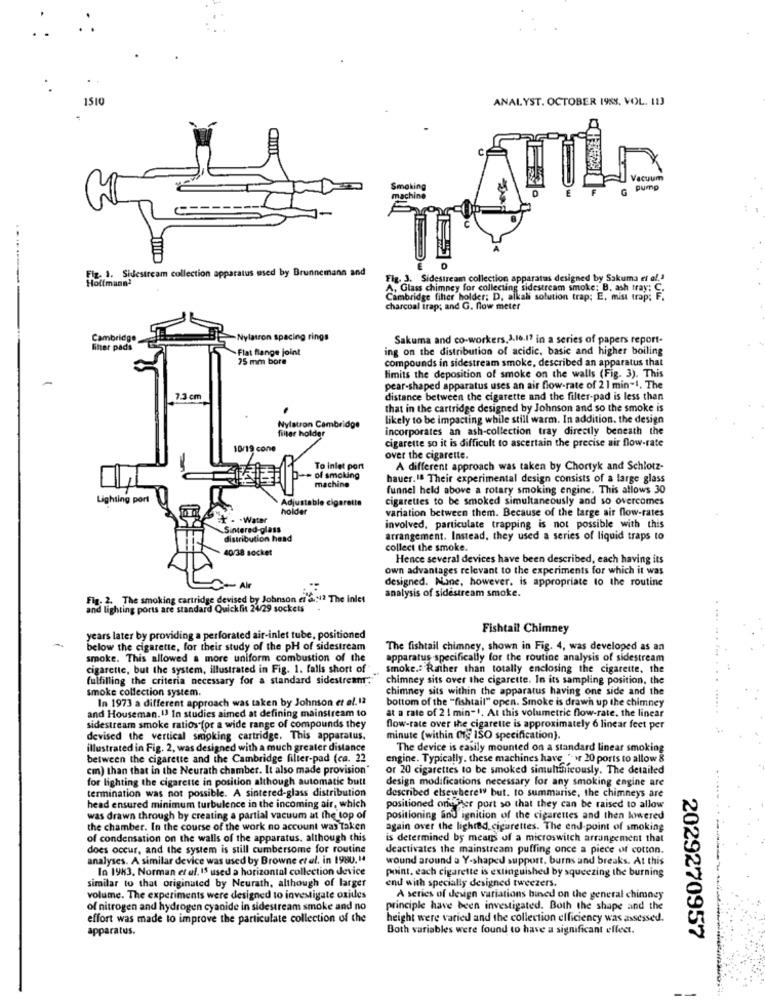
1510
ANALYST. OCTOBER 1988, VOL. 113
Vacuum
Smoking
pump
machine
Fx 1. Sidestream collection apparatus used by Brunnemann and
Fig. 3. Sidestream collection apparatus designed by Sakuma et al.1
A, Glass chimney for collecting sidestream smoke; B. ash tray: C.
Cambridge filter holder; D, alkali solution trap; E, mist trap; F.
charcoal trap; and G. flow meter
Cambridge
Nylatron spacing rings
Sakuma and co-workers.1.16.17 in a series of papers report-
-Flat flange joint
ing on the distribution of acidic, basic and higher boiling
75 mm bore
compounds in sidestream smoke, described an apparatus that
limits the deposition of smoke on the walls (Fig. 3). This
pear-shaped apparatus uses an air flow-rate of 2 1 min-1. The
7.3 cm
distance between the cigarette and the filter-pad is less than
that in the cartridge designed by Johnson and so the smoke is
Nylatron Cambridge
likely to be impacting while still warm. In addition. the design
filter holder
incorporates an ash-collection tray directly beneath the
cigarette so it is difficult to ascertain the precise air flow-rate
10/19 cone
over the cigarette.
To inlet port
A different approach was taken by Chortyk and Schlotz-
- of smoking
machine
hauer.18 Their experimental design consists of a large glass
funnel held above a rotary smoking engine. This allows 30
Lighting port
Adjustable cigarette
cigarettes to be smoked simultaneously and so overcomes
holder
variation between them. Because of the large air flow-rates
1 - Water
Sintered-glass
involved, particulate trapping is not possible with this
distribution head
arrangement. Instead, they used a series of liquid traps to
40/38 socket
collect the smoke.
Hence several devices have been described, each having its
own advantages relevant to the experiments for which it was
designed. Nane, however, is appropriate to the routine
analysis of sidestream smoke.
Flg- 2. The smoking cartridge devised by Johnson et &N2 The inlet
nd lighting ports are standard Quickfit 24/29 sockets
Fishtail Chimney
years later by providing a perforated air-inlet tube, positioned
below the cigarette, for their study of the pH of sidestream
The fishtail chimney, shown in Fig. 4, was developed as an
smoke. This allowed a more uniform combustion of the
apparatus .specifically for the routine analysis of sidestream
cigarette, but the system, illustrated in Fig. 1. falls short of
smoke .: Rather than totally enclosing the cigarette, the
fulfilling the criteria necessary for a standard sidestream.
chimney sits over the cigarette. In its sampling position, the
smoke collection system.
chimney sits within the apparatus having one side and the
In 1973 a different approach was taken by Johnson et of. 12
bottom of the "fishtail" open. Smoke is drawn up the chimney
at a rate of 2 ! min-1. At this volumetric flow-rate, the linear
and Houseman. 13 In studies aimed at defining mainstream to
sidestream smoke ratios (pr a wide range of compounds they
flow-rate over the cigarette is approximately 6 linear feet per
devised the vertical smoking cartridge. This apparatus,
minute (within (g ISO specification).
illustrated in Fig. 2, was designed with a much greater distance
The device is easily mounted on a standard linear smoking
between the cigarette and the Cambridge filter-pad (ca. 22
engine. Typically. these machines have * wr 20 ports to allow 8
cm) than that in the Neurath chamber. It also made provision"
or 20 cigarettes to be smoked simultafireously. The detailed
for lighting the cigarette in position although automatic butt
design modifications necessary for any smoking engine are
termination was not possible. A sintered-glass distribution
described elsewherew but. to summarise, the chimneys are
head ensured minimum turbulence in the incoming air, which
positioned onefter port so that they can be raised to allow
was drawn through by creating a partial vacuum at the top of
positioning and ignition of the cigarettes and then kiwered
the chamber. In the course of the work no account was taken
again over the lighted cigarettes. The end point of smoking
of condensation on the walls of the apparatus. although this
is determined by means of a microswitch arrangement that
does occur, and the system is still cumbersome for routine
deactivates the mainstream puffing once a piece of cotton.
analyses. A similar device was used by Browne et al. in 1980.14
wound around a Y-shaped support. burns and breaks. At this
In 1983, Norman et al. IS used a horizontal collection device
point. each cigarette is extinguished by squeezing the burning
similar to that originated by Neurath, although of larger
end with specially designed tweezers.
volume. The experiments were designed to investigate oxides
A series of design variations bined on the general chimney
of nitrogen and hydrogen cyanide in sidestream smoke and no
principle have been investigated. Both the shape and the
effort was made to improve the particulate collection of the
height were varied and the collection efficiency was assessed.
apparatus.
Both variables were found to have a significant effect.
2029270957